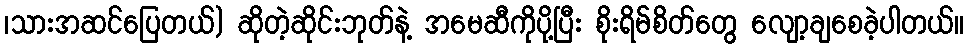
၊သားအဆင်ပြေတယ်) ဆိုတဲ့ဆိုင်းဘုတ်နဲ့ အမေဆီကိုပို့ပြီး စိုးရိမ်စိတ်တွေ လျော့ချစေခဲ့ပါတယ်။